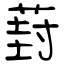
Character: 葑